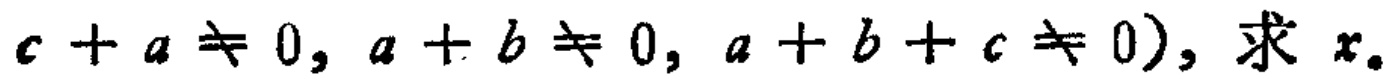
$c + a \neq 0, a + b \neq 0, a + b + c \neq 0)$, 求 $x_{\circ}$